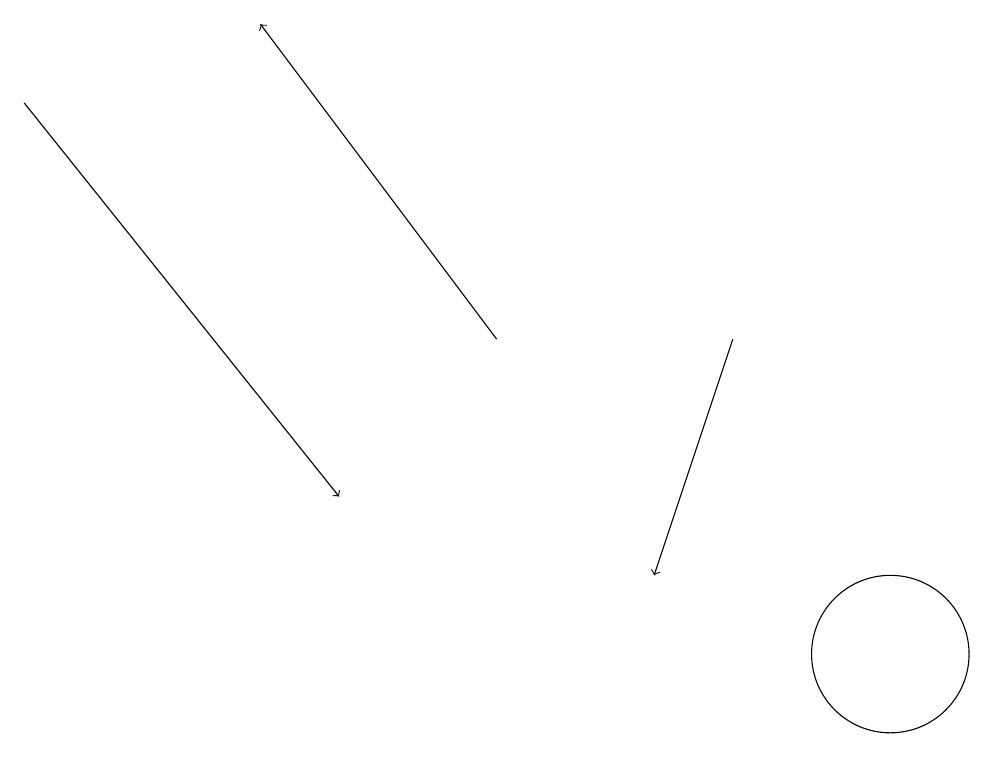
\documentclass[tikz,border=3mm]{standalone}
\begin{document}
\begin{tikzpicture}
\draw[->] (0,17) -- (4,12);
\draw[->] (9,14) -- (8,11);
\draw[->] (6,14) -- (3,18);
\draw (11,10) circle (1);
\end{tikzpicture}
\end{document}